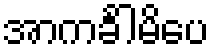
အာကင်္ခါမိပေ